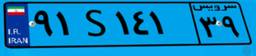
۹۸S۶۸۵۳۰